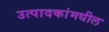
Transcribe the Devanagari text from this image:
उत्पादकांमधील